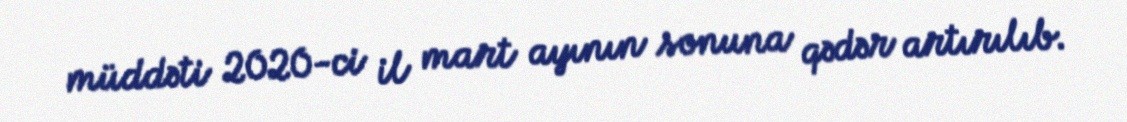
müddəti 2020-ci il mart ayının sonuna qədər artırılıb.